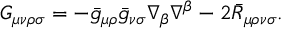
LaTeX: G _ { \mu \nu \rho \sigma } = - \bar { g } _ { \mu \rho } \bar { g } _ { \nu \sigma } \nabla _ { \beta } \nabla ^ { \beta } - 2 \bar { R } _ { \mu \rho \nu \sigma } .